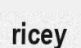
ricey